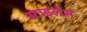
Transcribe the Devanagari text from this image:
स्टाइलेस